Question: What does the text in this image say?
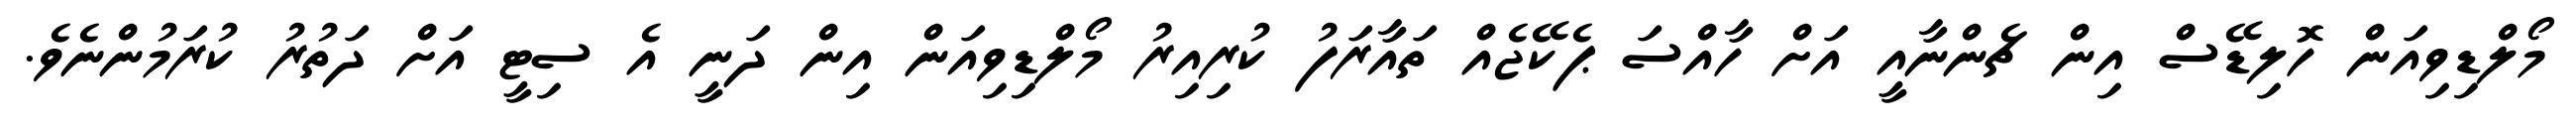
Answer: މޯލްޑިވިއަން ހޮލިޑޭސް އިން ޗެންނާއީ އަށް ހާއްސަ ޕެކޭޖެއް ތައާރަފު ކުރިއިރު މޯލްޑިވިއަން އިން ދަނީ އެ ސިޓީ އަށް ދަތުރު ކުރަމުންނެވެ.